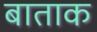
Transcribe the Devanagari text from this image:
बाताक